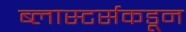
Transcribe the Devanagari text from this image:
ब्लास्टर्सकडून